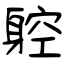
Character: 躻